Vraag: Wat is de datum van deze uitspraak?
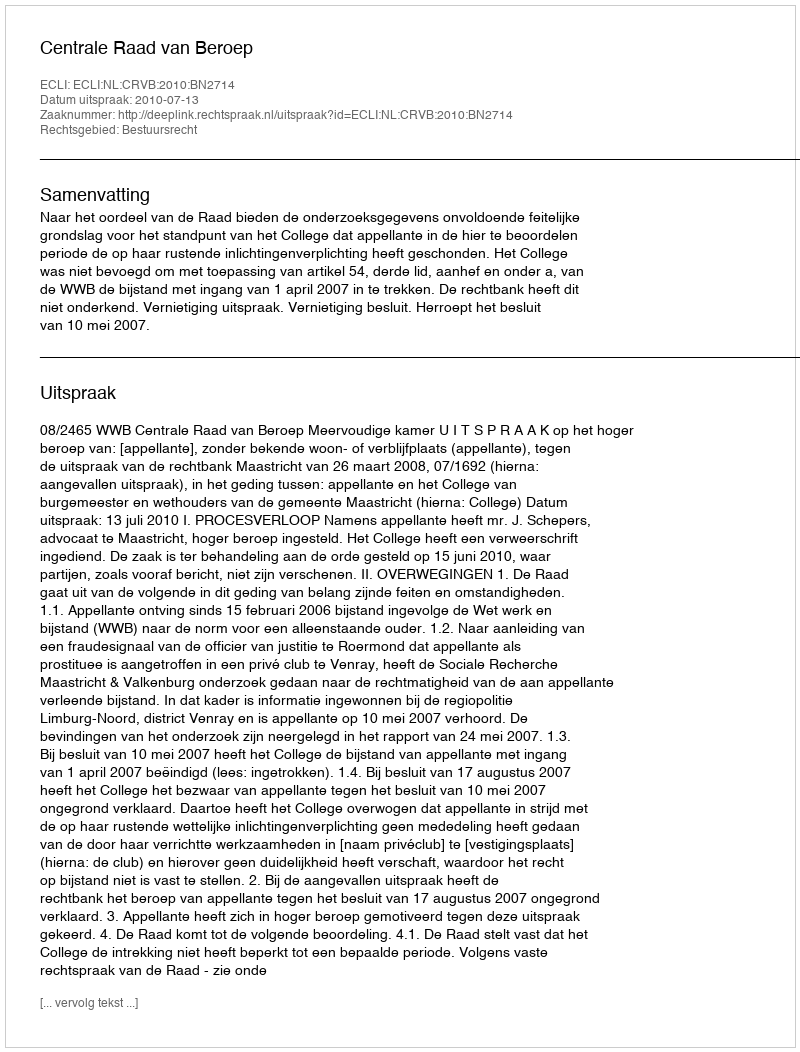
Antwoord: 2010-07-13